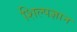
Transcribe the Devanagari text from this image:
शिल्पज्ञान